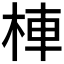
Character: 𣒞